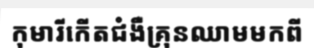
កុមារីកើតជំងឺគ្រុនឈាមមកពី